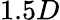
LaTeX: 1.5D